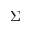
\Sigma